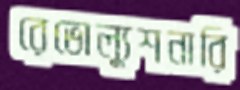
রেভোল্যুশনারি